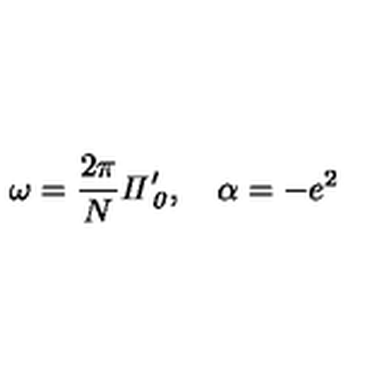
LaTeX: \omega = \frac { 2 \pi } { N } { \it \Pi } _ { { \it 0 } } ^ { \prime } , \quad \alpha = - e ^ { 2 }